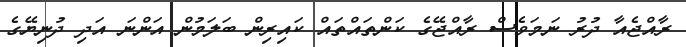
ރާއްޖެއާ ދުރު ނަމަވެސް ރާއްޖޭގެ ކަންތައްތައް ކައިރިން ބަލަމުން އަންނަ އަދި ދުނިޔޭގެ